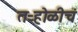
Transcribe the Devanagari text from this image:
तऱ्होळीचं